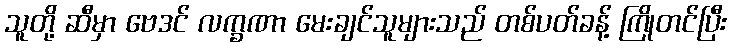
သူတို့ ဆီမှာ ဗေဒင် လက္ခဏာ မေးချင်သူများသည် တစ်ပတ်ခန့် ကြိုတင်ပြီး